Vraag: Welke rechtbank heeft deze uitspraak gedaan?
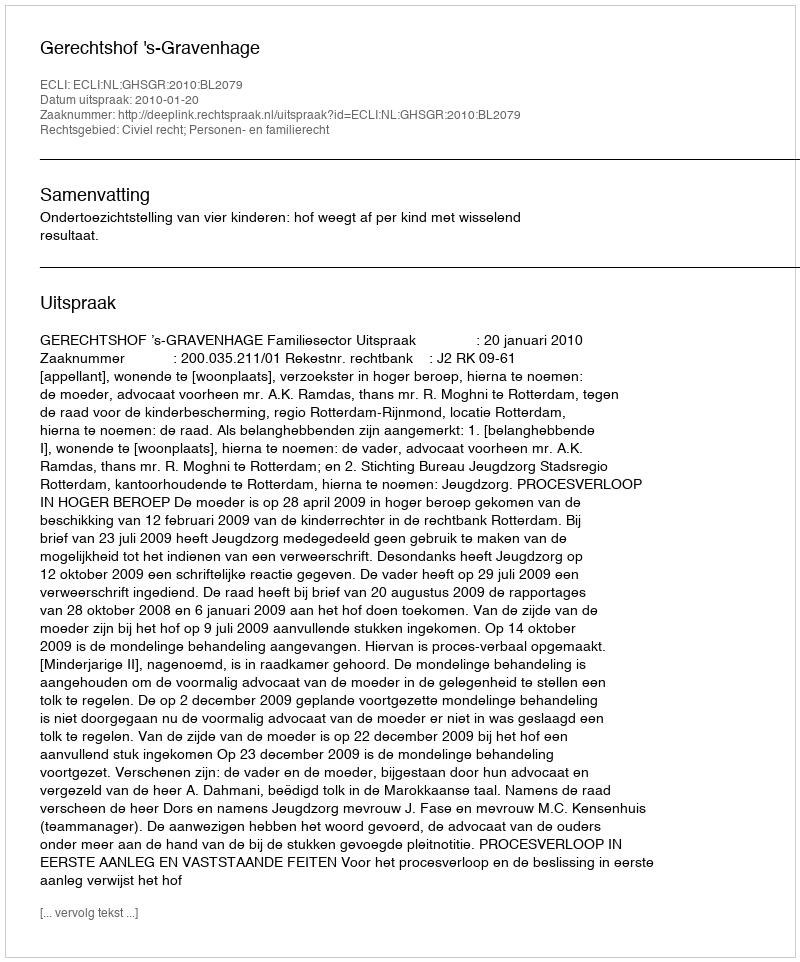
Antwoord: Gerechtshof 's-Gravenhage